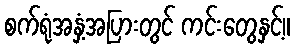
စက်ရုံအနှံ့အပြားတွင် ကင်းတွေနှင့်။